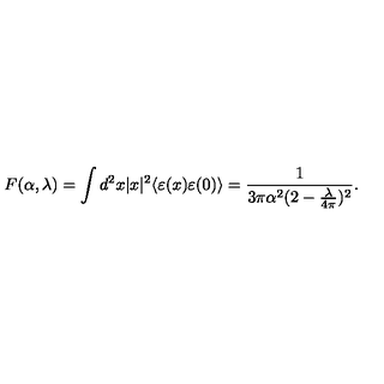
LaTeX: F ( \alpha , \lambda ) = \int d ^ { 2 } x | x | ^ { 2 } \langle \varepsilon ( x ) \varepsilon ( 0 ) \rangle = \frac { 1 } { 3 \pi \alpha ^ { 2 } ( 2 - \frac { \lambda } { 4 \pi } ) ^ { 2 } } .